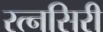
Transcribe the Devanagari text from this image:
रत्नसिरी